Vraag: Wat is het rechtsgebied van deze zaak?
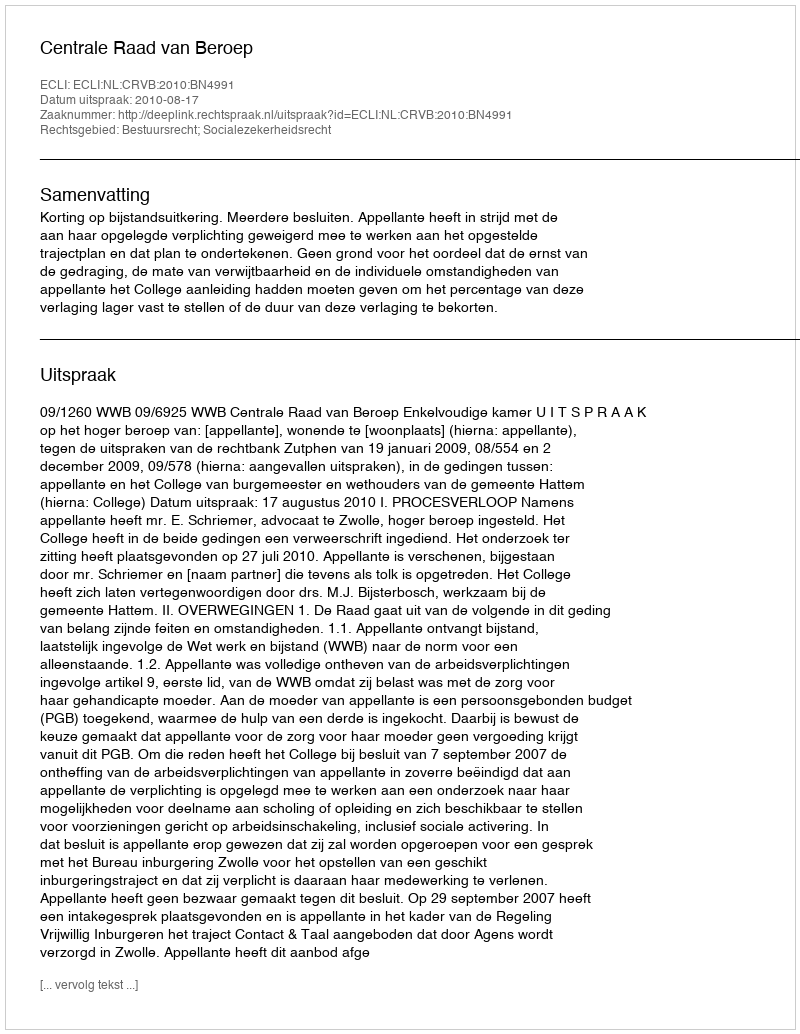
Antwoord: Bestuursrecht; Socialezekerheidsrecht